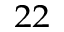
^ { 2 2 }